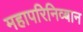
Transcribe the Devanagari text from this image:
महापरिनिव्बान